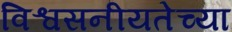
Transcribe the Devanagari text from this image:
विश्वसनीयतेच्या